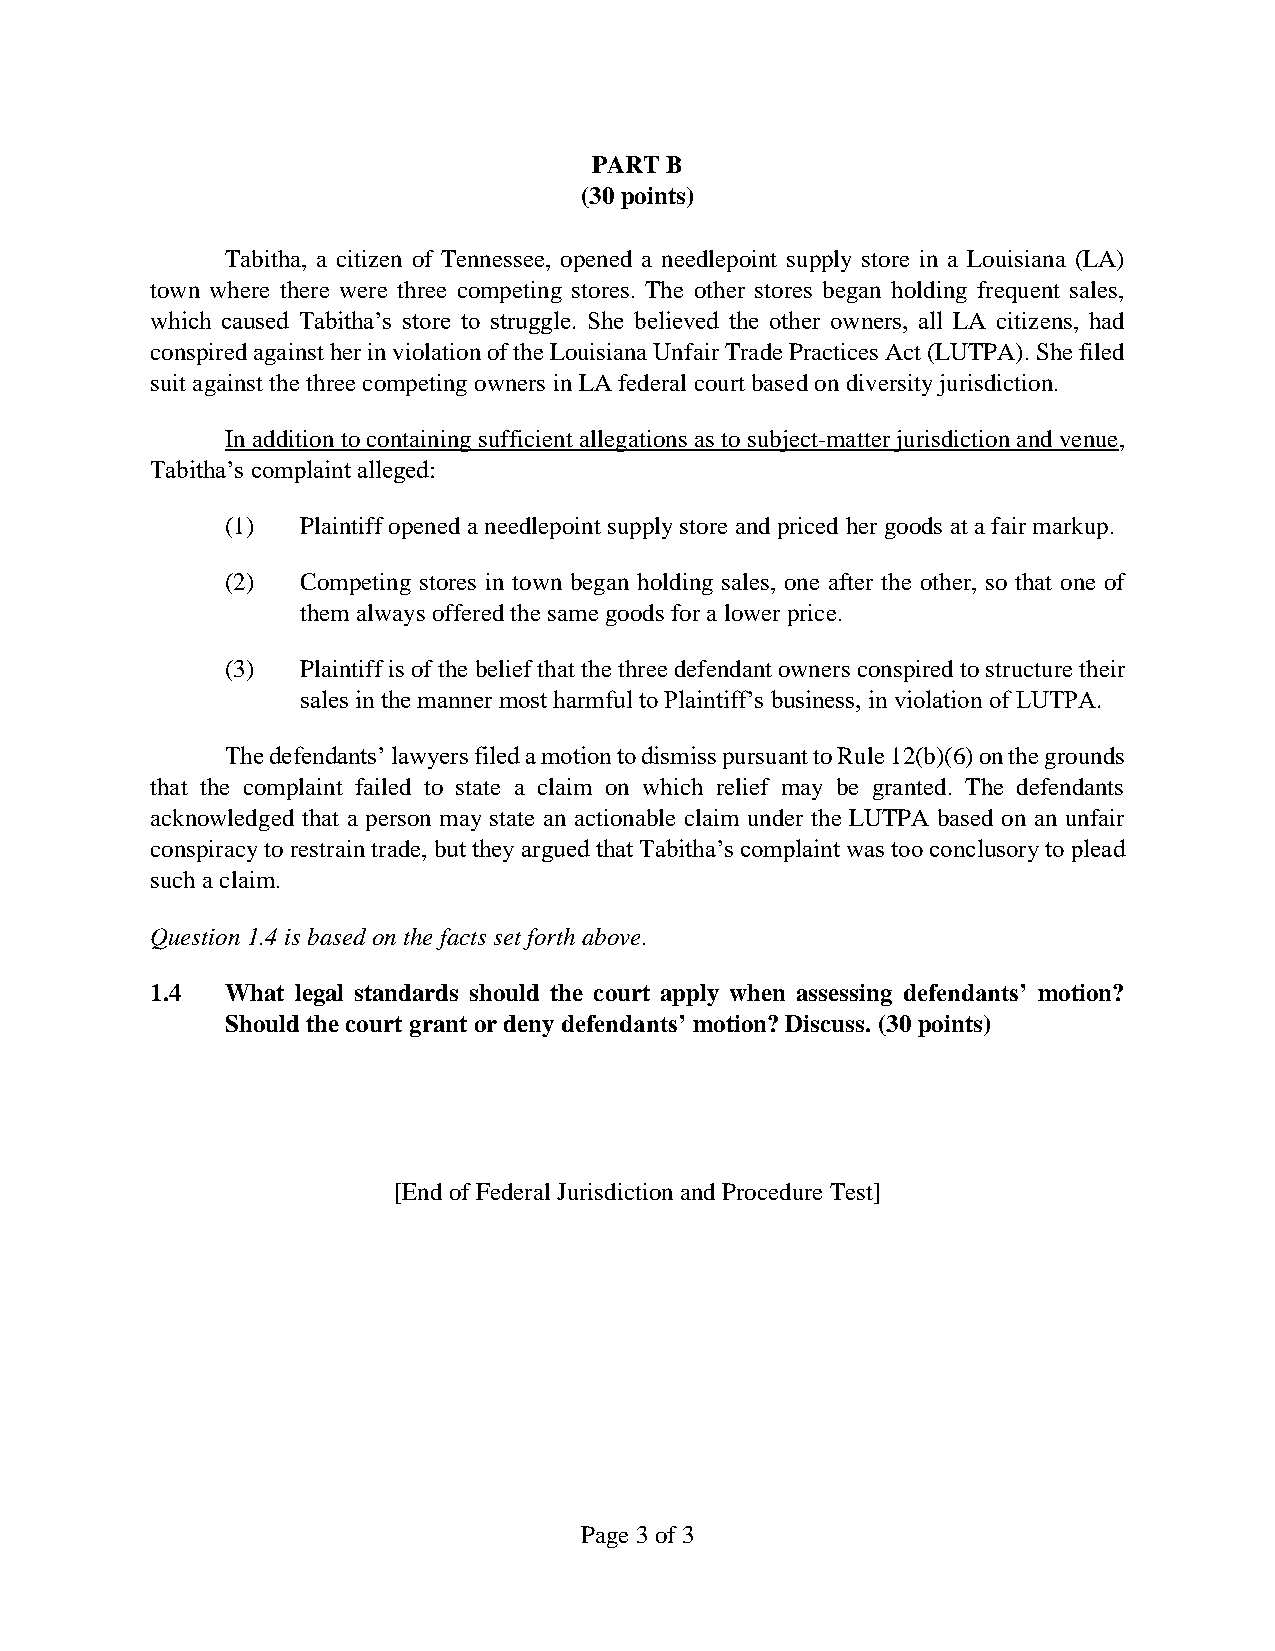
PART B
 (30 points)
 Tabitha, a citizen of Tennessee, opened a needlepoint supply store in a Louisiana (LA)
 town where there were three competing stores. The other stores began holding frequent sales,
 which caused Tabitha’s store to struggle. She believed the other owners, all LA citizens, had
 conspired against her in violation of the Louisiana Unfair Trade Practices Act (LUTPA). She filed
 suit against the three competing owners in LA federal court based on diversity jurisdiction.
 In addition to containing sufficient allegations as to subject-matter jurisdiction and venue,
 Tabitha’s complaint alleged:
 (1)  Plaintiff opened a needlepoint supply store and priced her goods at a fair markup.
 (2)  Competing stores in town began holding sales, one after the other, so that one of
 them always offered the same goods for a lower price.
 (3)  Plaintiff is of the belief that the three defendant owners conspired to structure their
 sales in the manner most harmful to Plaintiff’s business, in violation of LUTPA.
 The defendants’ lawyers filed a motion to dismiss pursuant to Rule 12(b)(6) on the grounds
 that the complaint failed to state a claim on which relief may be granted. The defendants
 acknowledged that a person may state an actionable claim under the LUTPA based on an unfair
 conspiracy to restrain trade, but they argued that Tabitha’s complaint was too conclusory to plead
 such a claim.
 Question 1.4 is based on the facts set forth above.
 1.4  What legal standards should the court apply when assessing defendants’ motion?
 Should the court grant or deny defendants’ motion? Discuss. (30 points)
 [End of Federal Jurisdiction and Procedure Test]
 Page 3 of 3